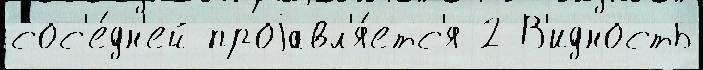
сос'е́дн'ей проjавл'я́етс'я 2 В'идность